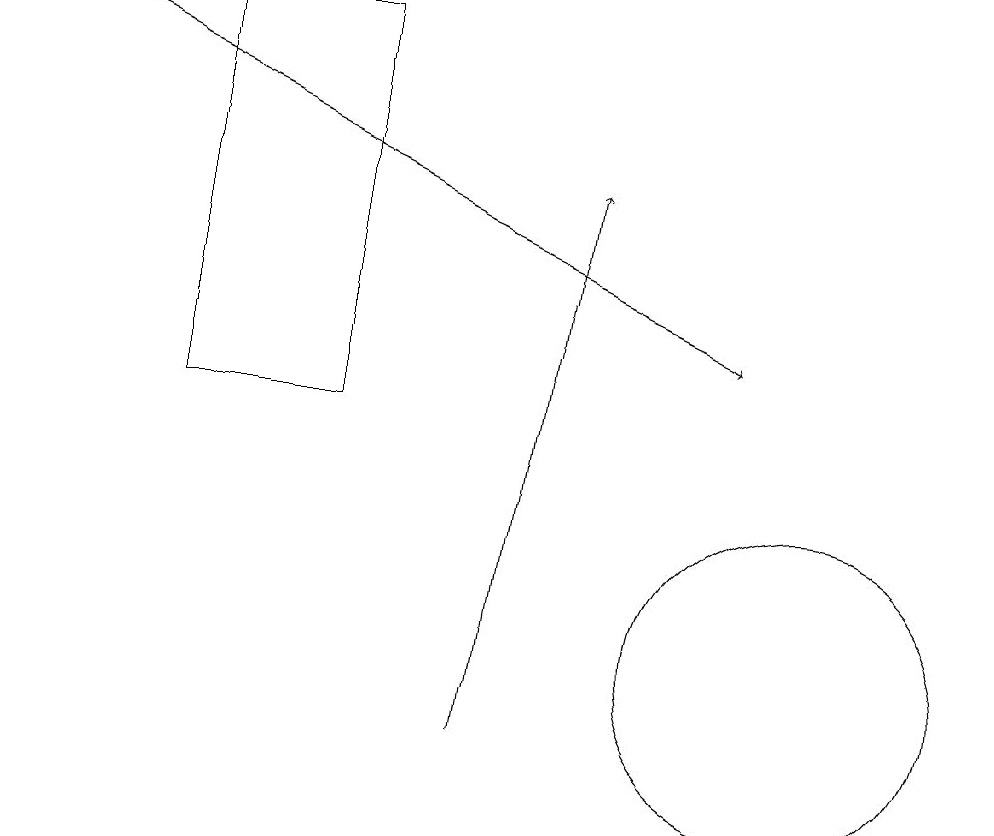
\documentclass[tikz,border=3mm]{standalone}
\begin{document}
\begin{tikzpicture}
\draw (2,14) rectangle (4,19);
\draw (10,11) circle (2);
\draw[->] (0,19) -- (9,15);
\draw[->] (6,10) -- (7,17);
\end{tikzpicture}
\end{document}